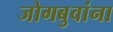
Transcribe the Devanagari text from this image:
जोगबुवांना